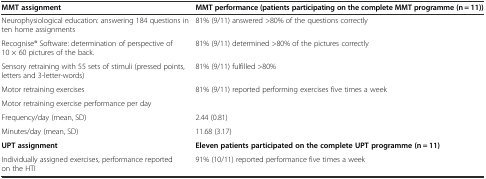
| MMT assignment | MMT performance (patients participating on the complete MMT programme (n = 11)) |
 | --- | --- |
 | Neurophysiological education: answering 184 questions in ten home assignments | 81% (9/11) answered >80% of the questions correctly |
 | Recognise® Software: determination of perspective of 10 × 60 pictures of the back. | 81% (9/11) determined >80% of the pictures correctly |
 | Sensory retraining with 55 sets of stimuli (pressed points, letters and 3-letter-words) | 81% (9/11) fulfilled >80% |
 | Motor retraining exercises | 81% (9/11) reported performing exercises five times a week |
 | Motor retraining exercise performance per day |  |
 | Frequency/day (mean, SD) | 2.44 (0.81) |
 | Minutes/day (mean, SD) | 11.68 (3.17) |
 | UPT assignment | Eleven patients participated on the complete UPT programme (n = 11) |
 | Individually assigned exercises, performance reported on the HTI | 91% (10/11) reported performance five times a week |